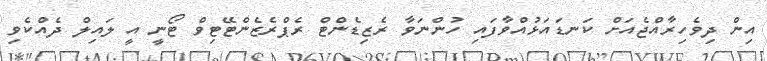
އިން ދިވެހިރާއްޖެއަށް ކަނޑައަޅުއްވާފައި ހުންނަވާ ރެޒިޑެންޓް ރެޕްރެޒެންޓޭޓިވް ޓޯނީ އީ ލައިލް ދެއްކެވި